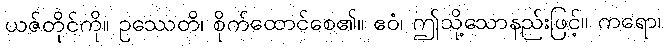
ယဇ်တိုင်ကို။ ဥဿေတိ၊ စိုက်ထောင်စေ၏။ ဧဝံ၊ ဤသို့သောနည်းဖြင့်။ ကရော၊